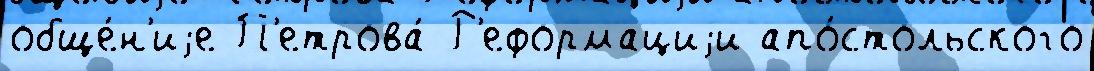
обще́н'иjе П'етрова́ Р'еформациjи апо́стольского